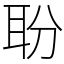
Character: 聁